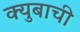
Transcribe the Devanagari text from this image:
क्युबाची